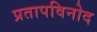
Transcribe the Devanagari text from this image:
प्रतापविनोद